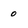
Character: o